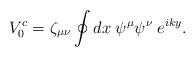
LaTeX: \begin{align*} V^c_0= \zeta_{\mu\nu}\oint dx \;\psi^\mu\psi^\nu\; e^{iky}.\end{align*}